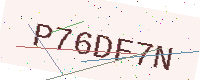
Text: P76DF7N